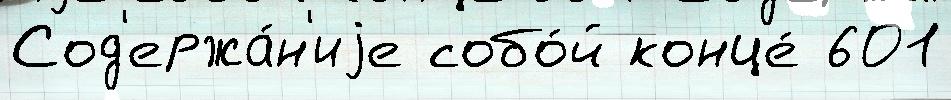
Сод'ержа́н'иjе собо́й конце́ 601